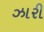
ઝારી